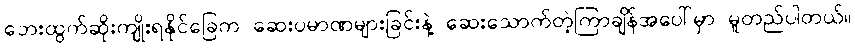
ဘေးထွက်ဆိုးကျိုးရနိုင်ခြေက ဆေးပမာဏများခြင်းနဲ့ ဆေးသောက်တဲ့ကြာချိန်အပေါ်မှာ မူတည်ပါတယ်။